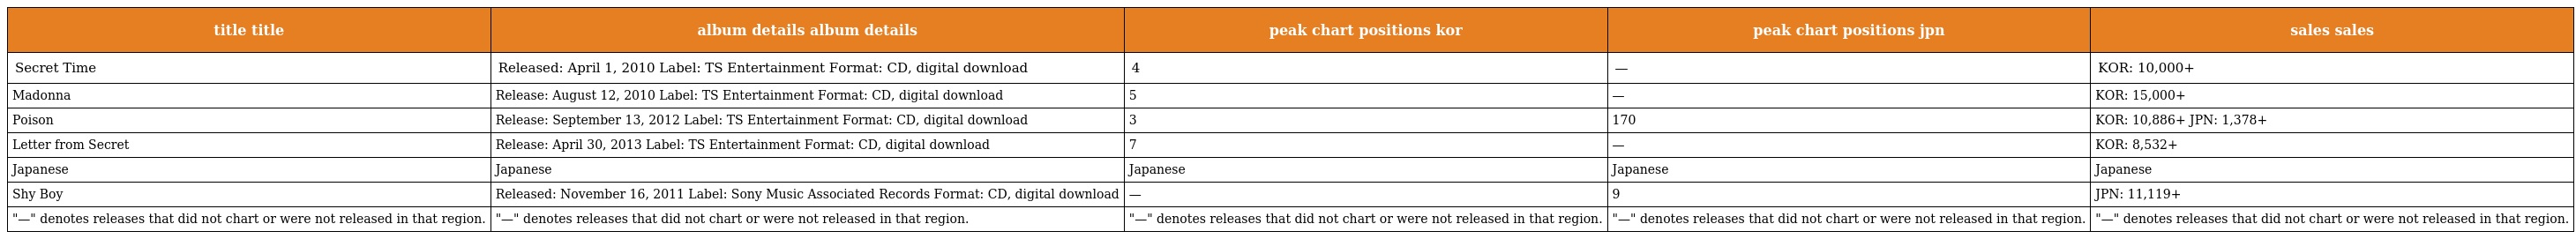
| title title | album details album details | peak chart positions kor | peak chart positions jpn | sales sales |
 | --- | --- | --- | --- | --- |
 | Secret Time | Released: April 1, 2010 Label: TS Entertainment Format: CD, digital download | 4 | — | KOR: 10,000+ |
 | Madonna | Release: August 12, 2010 Label: TS Entertainment Format: CD, digital download | 5 | — | KOR: 15,000+ |
 | Poison | Release: September 13, 2012 Label: TS Entertainment Format: CD, digital download | 3 | 170 | KOR: 10,886+ JPN: 1,378+ |
 | Letter from Secret | Release: April 30, 2013 Label: TS Entertainment Format: CD, digital download | 7 | — | KOR: 8,532+ |
 | Japanese | Japanese | Japanese | Japanese | Japanese |
 | Shy Boy | Released: November 16, 2011 Label: Sony Music Associated Records Format: CD, digital download | — | 9 | JPN: 11,119+ |
 | "—" denotes releases that did not chart or were not released in that region. | "—" denotes releases that did not chart or were not released in that region. | "—" denotes releases that did not chart or were not released in that region. | "—" denotes releases that did not chart or were not released in that region. | "—" denotes releases that did not chart or were not released in that region. |